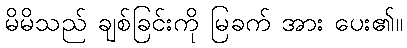
မိမိသည် ချစ်ခြင်းကို မြခက် အား ပေး၏။